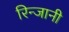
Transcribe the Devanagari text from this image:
रिन्जानी